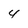
Character: 4